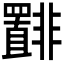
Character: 𫕾